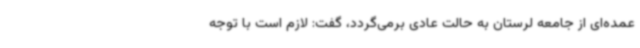
عمده‌ای از جامعه لرستان به حالت عادی برمی‌گردد، گفت: لازم است با توجه